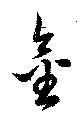
金